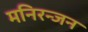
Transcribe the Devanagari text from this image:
मनिरन्जन